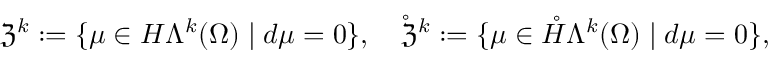
\mathfrak { Z } ^ { k } : = \{ \mu \in H \Lambda ^ { k } ( \Omega ) \mid d \mu = 0 \} , \quad \mathring { \mathfrak { Z } } ^ { k } : = \{ \mu \in \mathring { H } \Lambda ^ { k } ( \Omega ) \mid d \mu = 0 \} ,